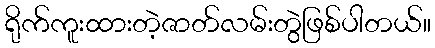
ရိုက်ကူးထားတဲ့ဇာတ်လမ်းတွဲဖြစ်ပါတယ်။